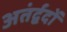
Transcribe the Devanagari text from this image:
अतंर्द्वदों